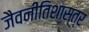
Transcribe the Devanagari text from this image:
जैवनीतिशास्त्र